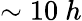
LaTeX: \sim 10~h